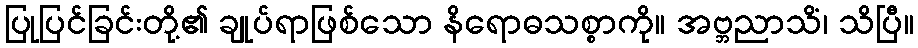
ပြုပြင်ခြင်းတို့၏ ချုပ်ရာဖြစ်သော နိရောဓသစ္စာကို။ အဗ္ဘညာသိံ၊ သိပြီ။